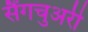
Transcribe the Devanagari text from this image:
सैंगचुअरी